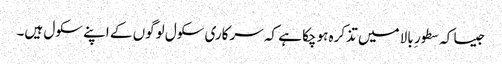
جیسا کہ سطور ِ بالا میں تذکرہ ہوچکا ہے کہ سرکاری سکول لوگوں کے اپنے سکول ہیں۔